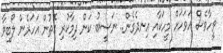
ވީހާވެސް އަވަހަށް މީހަކާއި އިނދެގެން.. ނަސީބު ކަން ދިމާކުރި ގޮތުން އަހަރެން ލޯބިވާ